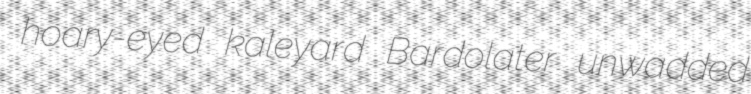
hoary-eyed kaleyard Bardolater unwadded